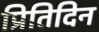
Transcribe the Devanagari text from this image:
प्रितिदिन